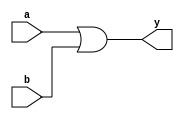
`timescale 1ns / 1ps
//////////////////////////////////////////////////////////////////////////////////
// Company: 
// Engineer: 
// 
// Design Name: 
// Module Name: or_1
// Project Name: 
// Target Devices: 
// Tool Versions: 
// Description: 
// 
// Dependencies: 
// 
// Revision:
// Revision 0.01 - File Created
// Additional Comments:
// 
//////////////////////////////////////////////////////////////////////////////////


module or_1(a,b,y);
input a,b;
output y;
assign y=a|b;
endmodule